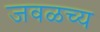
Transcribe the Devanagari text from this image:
जवळच्य